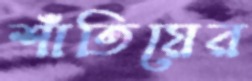
শাঁতিয়ের